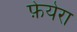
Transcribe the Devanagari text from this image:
फ़ेयेरा